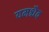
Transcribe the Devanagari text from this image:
यमश्चैव